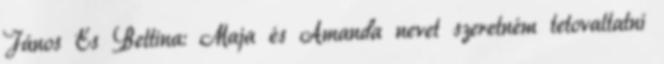
János És Bettina: Maja és Amanda nevet szeretném tetovaltatni